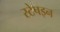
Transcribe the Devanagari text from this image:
स्टेपइन